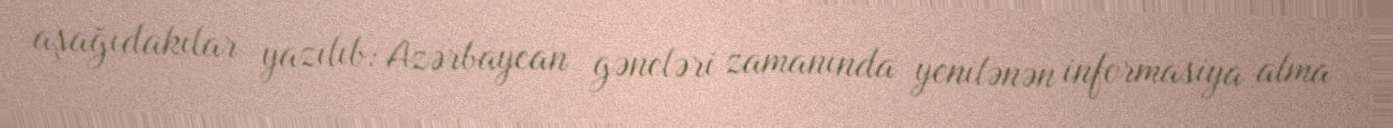
aşağıdakılar yazılıb: Azərbaycan gəncləri zamanında yenilənən informasiya alma